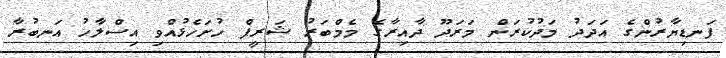
ފަނޑިޔާރުންގެ އަދަދު މަދުކުރަން މަރަދޫ ދާއިރާގެ މެމްބަރު ޝަރީފް ހުށަހެޅުއްވި އިސްލާހު އަނބުރާ